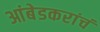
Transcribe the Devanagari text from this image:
आंबेडकरांचं